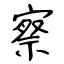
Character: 察